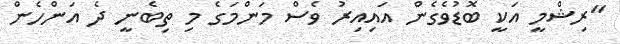
"ރިޝްމީ އަކީ ބޮޑުވެގެން އައިއިރު ވެސް މަންމަގެ މި ތިބެނީ ދެ އަންހެން